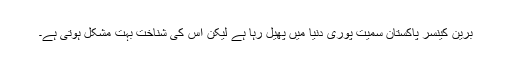
برین کینسر پاکستان سمیت پوری دنیا میں پھیل رہا ہے لیکن اس کی شناخت بہت مشکل ہوتی ہے۔